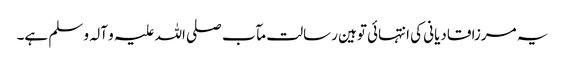
یہ مرزا قادیانی کی انتہائی توہین رسالت مآب صلی اللہ علیہ و آلہ و سلم ہے۔